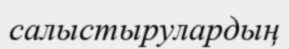
салыстырулардың